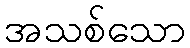
အသစ်သော